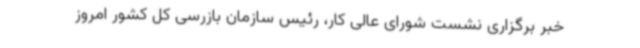
خبر برگزاری نشست شورای عالی کار، رئیس سازمان بازرسی کل کشور امروز